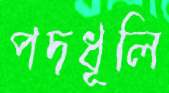
পদধূলি